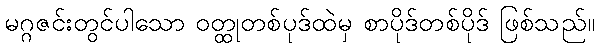
မဂ္ဂဇင်းတွင်ပါသော ဝတ္ထုတစ်ပုဒ်ထဲမှ စာပိုဒ်တစ်ပိုဒ် ဖြစ်သည်။